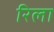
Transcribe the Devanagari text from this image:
रिला